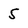
Character: 5